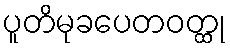
ပူတိမုခပေတဝတ္ထု